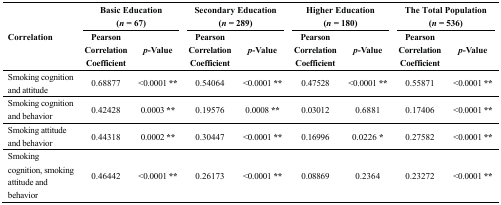
<table><thead><tr><td rowspan="2"><b>Correlation</b></td><td colspan="2"><b>Basic Education (<i>n</i> = 67)</b></td><td colspan="2"><b>Secondary Education (<i>n</i> = 289)</b></td><td colspan="2"><b>Higher Education (<i>n</i> = 180)</b></td><td colspan="2"><b>The Total Population (<i>n</i> = 536)</b></td></tr><tr><td><b>Pearson Correlation Coefficient</b></td><td><b><i>p</i>-Value</b></td><td><b>Pearson Correlation Coefficient</b></td><td><b><i>p</i>-Value</b></td><td><b>Pearson Correlation Coefficient</b></td><td><b><i>p</i>-Value</b></td><td><b>Pearson Correlation Coefficient</b></td><td><b><i>p</i>-Value</b></td></tr></thead><tbody><tr><td>Smoking cognition and attitude</td><td>0.68877</td><td>&lt;0.0001 <b>**</b></td><td>0.54064</td><td>&lt;0.0001 <b>**</b></td><td>0.47528</td><td>&lt;0.0001 <b>**</b></td><td>0.55871</td><td>&lt;0.0001 <b>**</b></td></tr><tr><td>Smoking cognition and behavior</td><td>0.42428</td><td>0.0003 <b>**</b></td><td>0.19576</td><td>0.0008 <b>**</b></td><td>0.03012</td><td>0.6881</td><td>0.17406</td><td>&lt;0.0001 <b>**</b></td></tr><tr><td>Smoking attitude and behavior</td><td>0.44318</td><td>0.0002 <b>**</b></td><td>0.30447</td><td>&lt;0.0001 <b>**</b></td><td>0.16996</td><td>0.0226 <b>*</b></td><td>0.27582</td><td>&lt;0.0001 <b>**</b></td></tr><tr><td>Smoking cognition, smoking attitude and behavior</td><td>0.46442</td><td>&lt;0.0001 <b>**</b></td><td>0.26173</td><td>&lt;0.0001 <b>**</b></td><td>0.08869</td><td>0.2364</td><td>0.23272</td><td>&lt;0.0001 <b>**</b></td></tr></tbody></table>